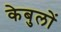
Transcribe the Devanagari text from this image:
केबुलों